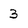
Character: 3